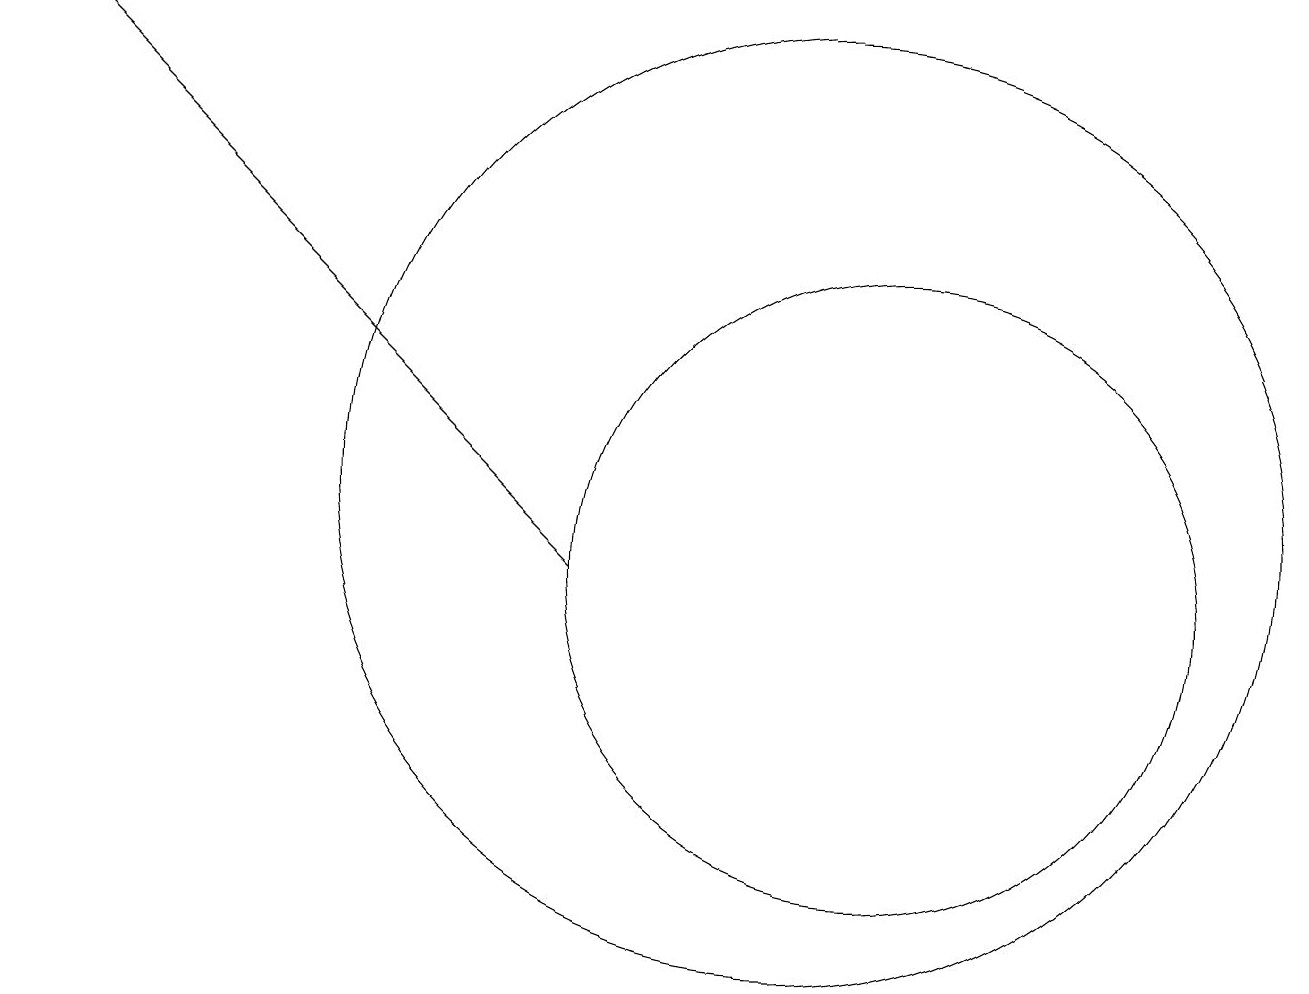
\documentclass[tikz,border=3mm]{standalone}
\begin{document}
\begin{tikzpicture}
\draw (11,11) circle (6);
\draw (12,10) circle (4);
\draw[->] (8,10) -- (1,17);
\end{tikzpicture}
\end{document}